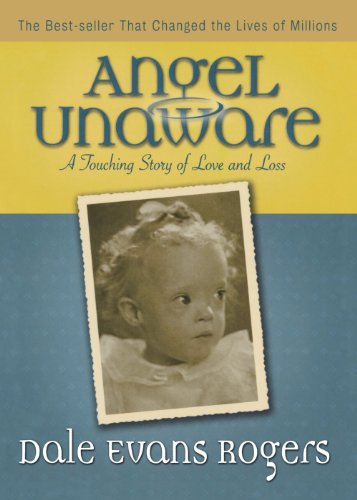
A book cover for Angel Unaware: A Touching Story of Love and Loss; Dale Evans Rogers; Biographies & Memoirs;